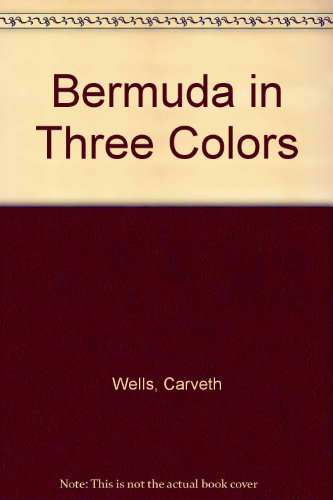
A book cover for Bermuda in three colors; Carveth Wells; Travel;